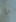
ما